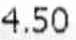
4.50